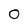
Character: 0